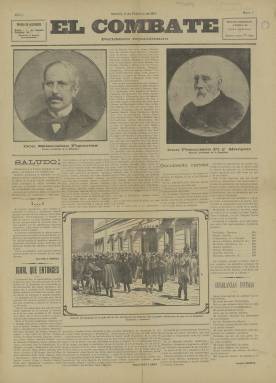
Título: El Combate (Madrid. 1910)
Colección: Periódicos
Ámbito geográfico: Madrid
Lugar de publicación: Madrid
Fechas: 11/02/1910-30/04/1910